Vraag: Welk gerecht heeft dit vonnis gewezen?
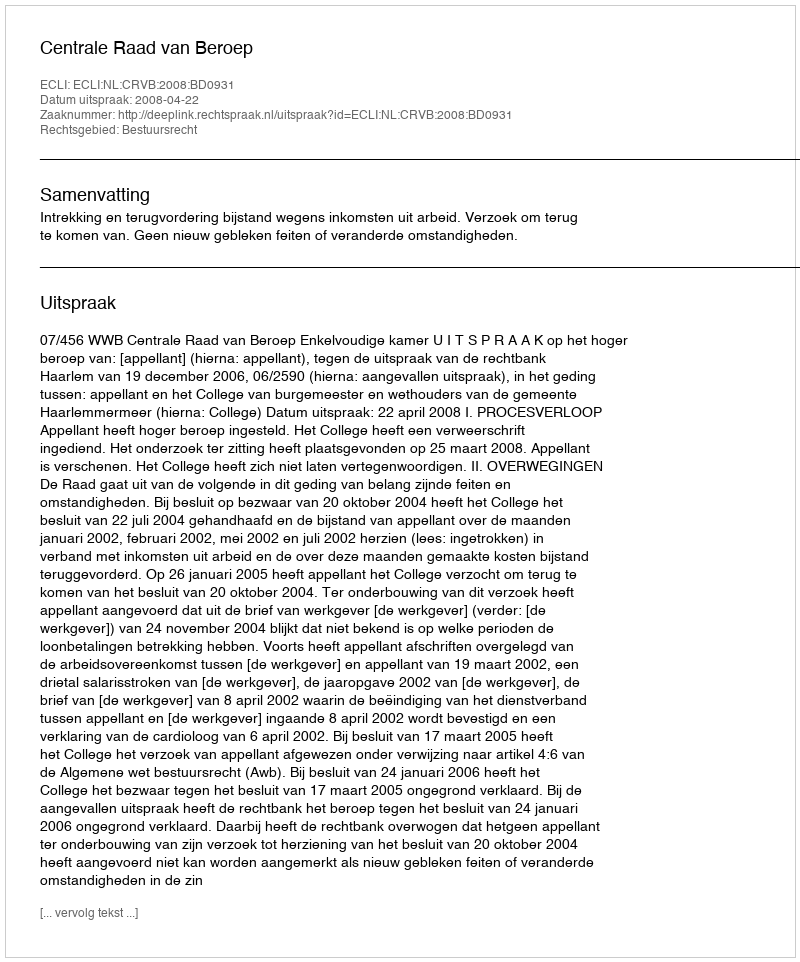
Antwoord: Centrale Raad van Beroep